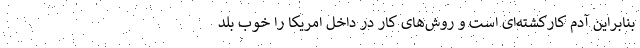
بنابراین آدم کارکشته‌ای است و روش‌های کار در داخل امریکا را خوب بلد